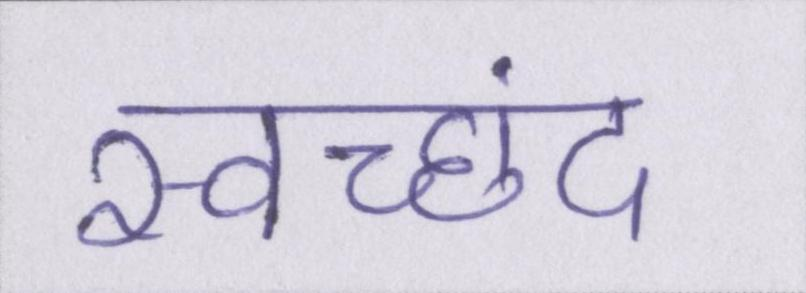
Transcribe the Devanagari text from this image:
स्वच्छंद